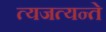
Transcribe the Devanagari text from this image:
त्यजत्यन्ते